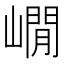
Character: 𡼥